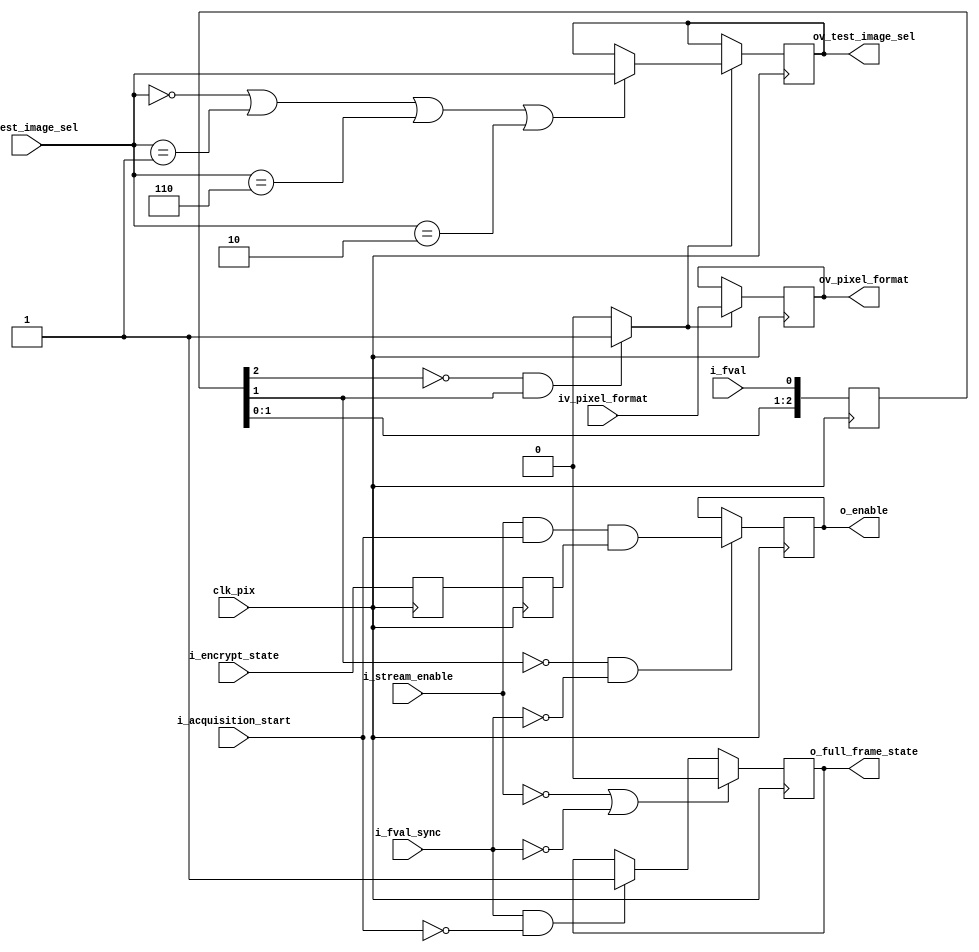
//-------------------------------------------------------------------------------------------------
//  --    : , 2010 -2015.
//  --      .
//  --          : FPGA
//  --        : stream_ctrl
//  --        : 
//-------------------------------------------------------------------------------------------------
//
//  --  :
//
//  --          :| 				:|  
//-------------------------------------------------------------------------------------------------
//  --        :| 2014/12/4 16:54:58	:|  
//  --        :| 2015/10/21 9:56:38	:|   sync_buffer 
//-------------------------------------------------------------------------------------------------
//
//  --      : 2
//              1)  : 
//						fval
//				2)  : 
//
//				3)  :
//
//-------------------------------------------------------------------------------------------------
///
`timescale 1ns/1ps
//-------------------------------------------------------------------------------------------------

module stream_ctrl # (
	parameter					REG_WD				= 32		//
	)
	(
	//
	input								clk_pix				,	//
	input								i_fval				,	//sensorclk_sensor_pixi_fvali_lvali_fvali_lval
	input								i_fval_sync			,	//clk_pixsync bufferfval
	//
	input								i_acquisition_start	,	//0-1-
	input								i_stream_enable		,	//
	input								i_encrypt_state		,	//dna 
	//
	input	[REG_WD-1:0]				iv_pixel_format		,	//
	input	[2:0]						iv_test_image_sel	,	//,000:,001:1,110:2,010:3
	//
	output								o_enable			,	//0-fifo1-fifo
	output								o_full_frame_state	,	//,,0:,1:
	output	[REG_WD-1:0]				ov_pixel_format		,	//sync buffer
	output	[2:0]						ov_test_image_sel		//sync buffer
	);

	//	ref signals
	reg		[2:0]						fval_shift			= 3'b0;
	wire								fval_rise			;
	reg									encrypt_state_dly0	= 1'b0;
	reg									encrypt_state_dly1	= 1'b0;
	reg									enable				= 1'b0;
	reg									full_frame_state	= 1'b0;
	reg		[REG_WD-1:0]				pixel_format_reg	= {REG_WD{1'b0}};
	reg		[2:0]						test_image_sel_reg	= 3'b000;

	//	ref ARCHITECTURE
	//  ===============================================================================================
	//	ref ******
	//  ===============================================================================================
	//  -------------------------------------------------------------------------------------
	//	fval 
	//	1.
	//  -------------------------------------------------------------------------------------
	always @ (posedge clk_pix) begin
		fval_shift	<= {fval_shift[1:0],i_fval};
	end
	assign	fval_rise	= (fval_shift[2]==1'b0 && fval_shift[1]==1'b1) ? 1'b1 : 1'b0;

	//  -------------------------------------------------------------------------------------
	//	
	//	1.i_encrypt_state osc bufgpix
	//  -------------------------------------------------------------------------------------
	always @ (posedge clk_pix) begin
		encrypt_state_dly0	<= i_encrypt_state;
		encrypt_state_dly1	<= encrypt_state_dly0;
	end

	//  -------------------------------------------------------------------------------------
	//	enable 
	//	1.o_fvalfval_shift[1]enableenable=
	//	2.o_fvalfval_shift[1]1enable
	//	3.fval_shift[1]=1 o_fval=0o_fval=1fval
	//  -------------------------------------------------------------------------------------
	always @ (posedge clk_pix) begin
		if(fval_shift[1]==1'b0 && i_fval_sync==1'b0) begin
			enable	<= i_stream_enable & i_acquisition_start & encrypt_state_dly1;
		end
	end
	assign	o_enable	= enable;

	//  ===============================================================================================
	//	ref ******
	//  ===============================================================================================
	//  -------------------------------------------------------------------------------------
	//	-- ref 
	//	1. i_stream_enable=0
	//	2. i_fval_sync=0
	//	3. i_fval_sync=1i_acquisition_start=0
	//  -------------------------------------------------------------------------------------
	always @ (posedge clk_pix) begin
		if(!i_stream_enable || !i_fval_sync) begin
			full_frame_state	<= 1'b0;
		end
		else begin
			if(i_fval_sync==1'b1 && i_acquisition_start==1'b0) begin
				full_frame_state	<= 1'b1;
			end
		end
	end
	assign	o_full_frame_state	= full_frame_state;

	//  -------------------------------------------------------------------------------------
	//	-- ref 
	//	1.fval_rise=1
	//	2.
	//	3.
	//  -------------------------------------------------------------------------------------
	//	
	//  -------------------------------------------------------------------------------------
	always @ (posedge clk_pix) begin
		if(fval_rise) begin
			pixel_format_reg	<= iv_pixel_format;
		end
	end
	assign	ov_pixel_format		= pixel_format_reg;

	//  -------------------------------------------------------------------------------------
	//	
	//	--
	//  -------------------------------------------------------------------------------------
	always @ (posedge clk_pix) begin
		if(fval_rise) begin
			if(iv_test_image_sel==3'b000 || iv_test_image_sel==3'b001 || iv_test_image_sel==3'b110 || iv_test_image_sel==3'b010) begin
				test_image_sel_reg	<= iv_test_image_sel;
			end
		end
	end
	assign	ov_test_image_sel		= test_image_sel_reg;


endmodule